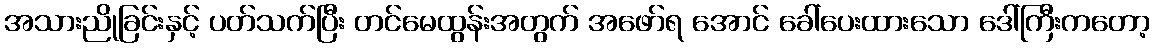
အသားညိုခြင်းနှင့် ပတ်သက်ပြီး တင်မေထွန်းအတွက် အဖော်ရ အောင် ခေါ်ပေးထားသော ဒေါ်ကြီးကတော့